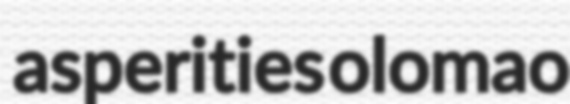
asperities olomao